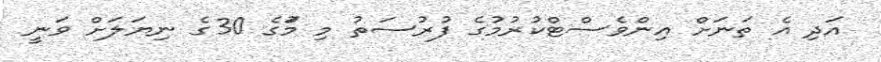
އަދި އެ ތަނަށް އިންވެސްޓްކުރުމުގެ ފުރުސަތު މި މަުގެ 30ގެ ނިޔަލަށް ވަނީ